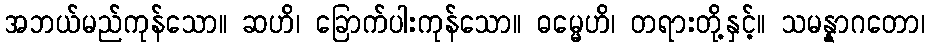
အဘယ်မည်ကုန်သော။ ဆဟိ၊ ခြောက်ပါးကုန်သော။ ဓမ္မေဟိ၊ တရားတို့နှင့်။ သမန္နာဂတော၊